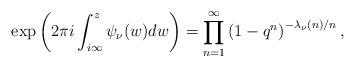
LaTeX: \begin{align*}\exp\left(2\pi i\int^{z}_{i\infty}\psi_{\nu}(w)dw\right)=\prod^{\infty}_{n=1}\left(1-q^n\right)^{-\lambda_{\nu}(n)/n},\end{align*}